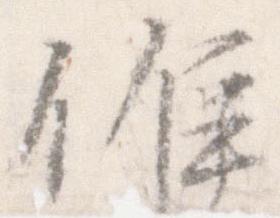
候